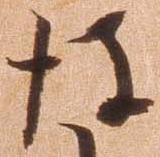
後